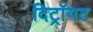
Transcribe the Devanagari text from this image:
दिट्रॉयट